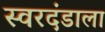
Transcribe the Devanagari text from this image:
स्वरदंडाला